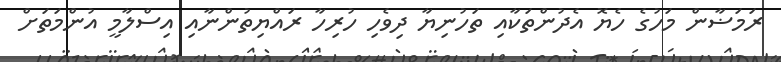
ރަމަޟާން މަހުގެ ހެޔޮ އެދުންތަކާއި ތަހުނިޔާ ދިވެހި ހުރިހާ ރައްޔިތުންނާއި އިސްލާމީ އުންމަތަށް